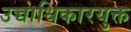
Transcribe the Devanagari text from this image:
उच्चाधिकारयुक्त